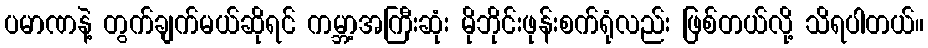
ပမာဏနဲ့ တွက်ချက်မယ်ဆိုရင် ကမ္ဘာ့အကြီးဆုံး မိုဘိုင်းဖုန်းစက်ရုံလည်း ဖြစ်တယ်လို့ သိရပါတယ်။